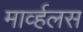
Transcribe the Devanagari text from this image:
मार्व्हलस